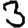
Digit: 3